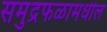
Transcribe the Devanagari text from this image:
समुद्रफळामधील